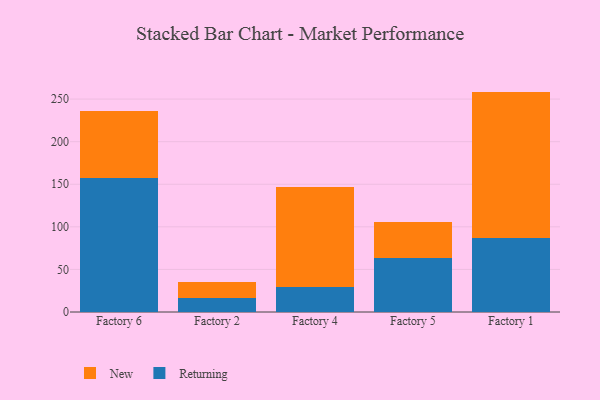
{"axis": {"x": "Factory", "y": "Page Views"}, "legend": ["New", "Returning"], "data": [{"x": "Factory 6", "y": 157.0, "type": "Returning"}, {"x": "Factory 6", "y": 79.6, "type": "New"}, {"x": "Factory 2", "y": 16.8, "type": "Returning"}, {"x": "Factory 2", "y": 18.2, "type": "New"}, {"x": "Factory 4", "y": 29.9, "type": "Returning"}, {"x": "Factory 4", "y": 116.6, "type": "New"}, {"x": "Factory 5", "y": 63.0, "type": "Returning"}, {"x": "Factory 5", "y": 43.2, "type": "New"}, {"x": "Factory 1", "y": 87.1, "type": "Returning"}, {"x": "Factory 1", "y": 171.7, "type": "New"}]}